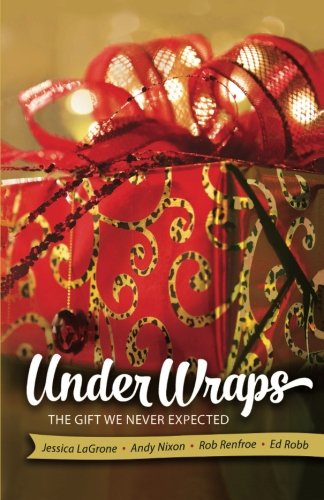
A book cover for Under Wraps Adult Study Book: The Gift We Never Expected (Under Wraps Advent series); Jessica LaGrone; Christian Books & Bibles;